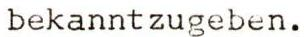
bekanntzugeben.